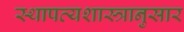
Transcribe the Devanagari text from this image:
स्थापत्यशास्त्रानुसार